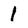
Character: 1